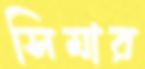
সিমার